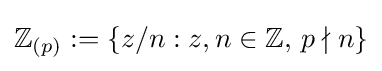
\mathbb {Z} _{(p)}:=\{z/n:z,n\in \mathbb {Z} ,\,p\nmid n\}